Standards of the constituents of the urine and blood and the bearing of the metabolism of Bengalis on the problems of nutrition - Number 34
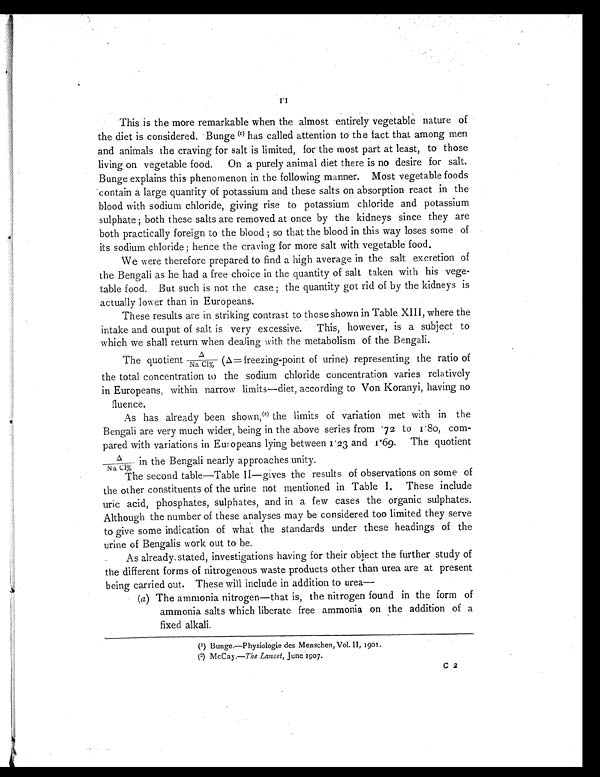
This is the more remarkable when the almost entirely vegetable nature of
the diet is considered. Bunge (1) has called attention to the fact that among men
and animals the craving for salt is limited, for the most part at least, to those
living on vegetable food. On a purely animal diet there is no desire for salt.
Bunge explains this phenomenon in the following manner. Most vegetable foods
contain a large quantity of potassium and these salts on absorption react in the
blood with sodium chloride, giving rise to potassium chloride and potassium
sulphate ; both these salts are removed at once by the kidneys since they are
both practically foreign to the blood ; so that the blood in this way loses some of
its sodium chloride ; hence the craving for more salt with vegetable food.
We were therefore prepared to find a high average in the salt excretion of
the Bengali as he had a free choice in the quantity of salt taken with his vege-
table food. But such is not the case ; the quantity got rid of by the kidneys is
actually lower than in Europeans.
These results are in striking contrast to those shown in Table XIII, where the
intake and output of salt is very excessive. This, however, is a subject to
which we shall return when dealing with the metabolism of the Bengali.
The quotient Δ/Na Cl% (Δ= freezing-point of urine) representing the ratio of
the total concentration to the sodium chloride concentration varies relatively
in Europeans, within narrow limits—diet, according to Von Koranyi, having no
fluence.
As has already been shown,(3) the limits of variation met with in the
Bengali are very much wider, being in the above series from .72 to 1.80, com-
pared with variations in Europeans lying between 1.23 and 1.69. The quotient
Δ /
N a C l %
in the Bengali nearly approaches unity.
The second table—Table II—gives the results of observations on some of
the other constituents of the urine not mentioned in Table I. These include
uric acid, phosphates, sulphates, and in a few cases the organic sulphates.
Although the number of these analyses may be considered too limited they serve
to give some indication of what the standards under these headings of the
urine of Bengalis work out to be.
As already stated, investigations having for their object the further study of
the different forms of nitrogenous waste products other than urea are at present
being carried out. These will include in addition to urea
(a) The ammonia nitrogen—that is, the nitrogen found in the form of
ammonia salts which liberate free ammonia on the addition of a
fixed alkali.
(1) Bunge.—Physiologie des Menschen, Vol. II, 1901.
(2) McCay.—The Lancet, June 1907.
C 2